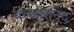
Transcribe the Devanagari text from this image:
वल्लुवानद